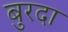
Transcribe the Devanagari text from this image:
बुरदा